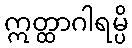
ဣတ္ထာဂါရမ္ပိ